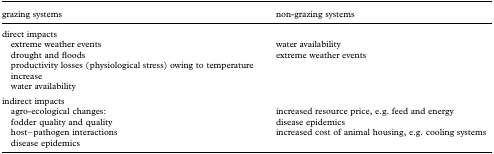
<table><thead><tr><td><b>grazing systems</b></td><td><b>non-grazing systems</b></td></tr></thead><tbody><tr><td>direct impacts</td><td></td></tr><tr><td> extreme weather events</td><td>water availability</td></tr><tr><td> drought and floods</td><td>extreme weather events</td></tr><tr><td> productivity losses (physiological stress) owing to temperature increase</td><td></td></tr><tr><td> water availability</td><td></td></tr><tr><td>indirect impacts</td><td></td></tr><tr><td> agro-ecological changes:</td><td>increased resource price, e.g. feed and energy</td></tr><tr><td> fodder quality and quality</td><td>disease epidemics</td></tr><tr><td> host–pathogen interactions</td><td>increased cost of animal housing, e.g. cooling systems</td></tr><tr><td> disease epidemics</td><td></td></tr></tbody></table>